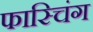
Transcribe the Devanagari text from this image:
फास्चिंग